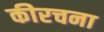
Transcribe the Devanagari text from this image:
कीरचना